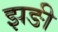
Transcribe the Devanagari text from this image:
झङी